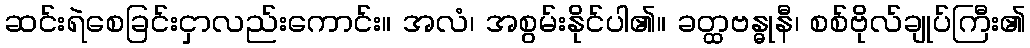
ဆင်းရဲစေခြင်းငှာလည်းကောင်း။ အလံ၊ အစွမ်းနိုင်ပါ၏။ ခတ္ထဗန္ဓုနီ၊ စစ်ဗိုလ်ချုပ်ကြီး၏